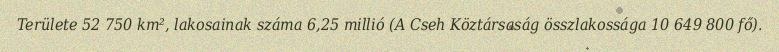
Területe 52 750 km², lakosainak száma 6,25 millió (A Cseh Köztársaság összlakossága 10 649 800 fő).